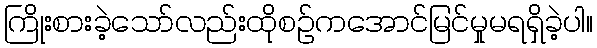
ကြိုးစားခဲ့သော်လည်းထိုစဉ်ကအောင်မြင်မှုမရရှိခဲ့ပါ။